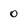
Character: 0